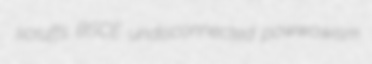
scruffs BSCE undisconnected powwowism